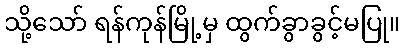
သို့သော် ရန်ကုန်မြို့မှ ထွက်ခွာခွင့်မပြု။